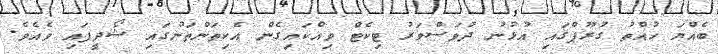
ބެއްޔަ ހުއްތު ގުރޫޕްގައި އުޅުނު ދުވަސްވަރު ޓިކެޓް ވިއްކައިގެން އެކިތަންތަނުގައި ޝޯދީފައި ވެއެވެ.